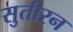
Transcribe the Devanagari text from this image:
सुतीरन